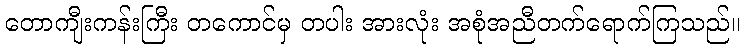
တောကျီးကန်းကြီး တကောင်မှ တပါး အားလုံး အစုံအညီတက်ရောက်ကြသည်။